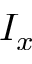
I _ { x }